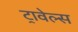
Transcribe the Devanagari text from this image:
ट्रावेल्स